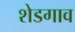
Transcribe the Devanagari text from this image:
शेडगाव